画像に写った文字を読んでください
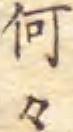
「何々」と書いてあります